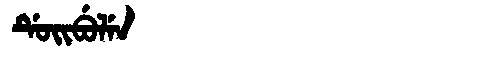
Manchu: ᡩᡠᡳᠪᡠᠯᡝᠨ
Romanization: DUIBULEN